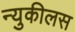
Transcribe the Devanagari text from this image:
न्युकीलस